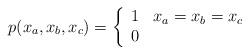
LaTeX: \begin{align*}p(x_a,x_b,x_c) = \left\{ \begin{array}{ll}1 & x_a=x_b=x_c\\0 & \end{array} \right. \end{align*}